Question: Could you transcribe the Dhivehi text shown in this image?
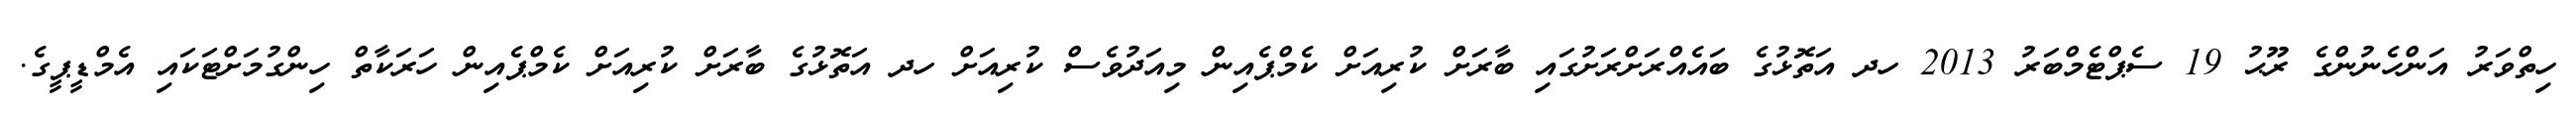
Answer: ހިތްވަރު އަންހެނުންގެ ރޫޙު 19 ސެޕްޓެމްބަރު 2013 ހދ އަތޮޅުގެ ބައެއްރަށްރަށުގައި ބާރަށް ކުރިއަށް ކެމްޕެއިން މިއަދުވެސް ކުރިއަށް ހދ އަތޮޅުގެ ބާރަށް ކުރިއަށް ކެމްޕެއިން ހަރަކާތް ހިންގުމަށްޓަކައި އެމްޑީޕީގެ.